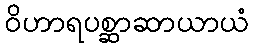
ဝိဟာရပစ္ဆာဆာယာယံ